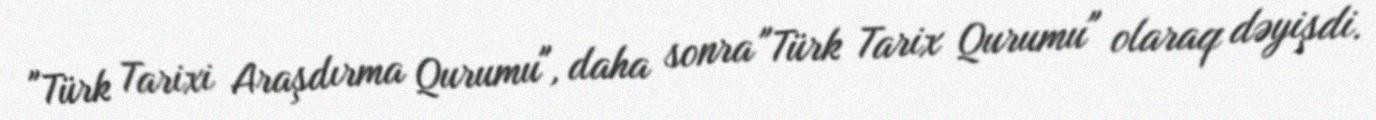
"Türk Tarixi Araşdırma Qurumu", daha sonra "Türk Tarix Qurumu" olaraq dəyişdi.